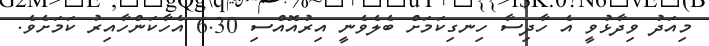
މިއަދު ވިދާޅުވީ އެ ހާދިސާ ހިނގިކަމަށް ބެލެވެނީ އިރުއޮއްސި 6.30 އެހާކަންހާއިރު ކަމަށެވެ.